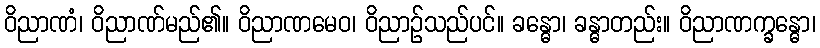
ဝိညာဏံ၊ ဝိညာဏ်မည်၏။ ဝိညာဏမေဝ၊ ဝိညာဉ်သည်ပင်။ ခန္ဓော၊ ခန္ဓာတည်း။ ဝိညာဏက္ခန္ဓော၊